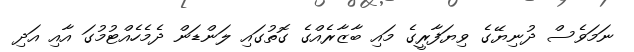
ނަމަވެސް ދުނިޔޭގެ ވިޔަފާރީގެ މައި ބާޒާރެއްގެ ގޮތުގައި ލަންޑަން ދެމެހެއްޓުމުގަ އާއި އަދި